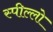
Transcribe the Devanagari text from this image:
स्पील्लो